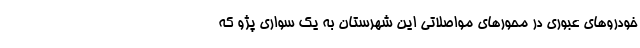
خودروهای عبوری در محورهای مواصلاتی این شهرستان به یک سواری پژو که